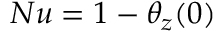
N u = 1 - \theta _ { z } ( 0 )